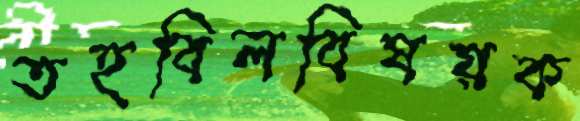
তহবিলবিষয়ক